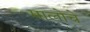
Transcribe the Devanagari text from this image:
मालोचे